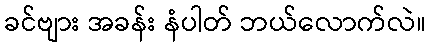
ခင်ဗျား အခန်း နံပါတ် ဘယ်လောက်လဲ။